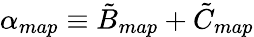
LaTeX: \alpha_{map}\equiv\tilde{B}_{map}+\tilde{C}_{map}